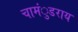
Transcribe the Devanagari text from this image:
चामंुडराय